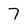
Character: 7